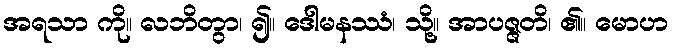
အရသာ ကို။ လဘိတွာ၊ ၍။ ဒေါမနဿံ၊ သို့။ အာပဇ္ဇတိ၊ ၏။ မောဟ